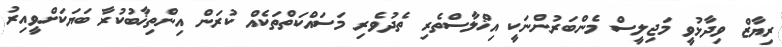
ރިޔާޒް ވިދާޅުވީ މަޖިލީސް މެންބަރުންނަކީ އިޚްލާސްތެރި ތެދުވެރި މަސައްކަތްތަކެއް ކުރަން އިންތިޚާބުކުރާ ބަޔަކަށްވީއިރު